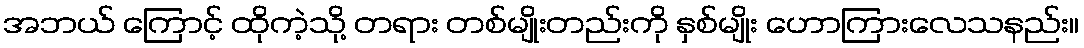
အဘယ် ကြောင့် ထိုကဲ့သို့ တရား တစ်မျိုးတည်းကို နှစ်မျိုး ဟောကြားလေသနည်း။